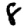
Digit: 8